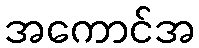
အကောင်အ